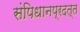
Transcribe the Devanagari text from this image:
संपिधानप्रदत्त